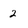
Character: 2